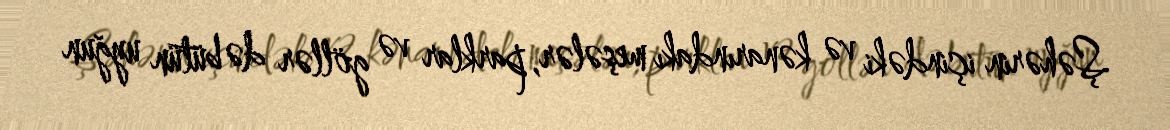
Şəhərin içindəki və kənarındakı meşələr, parklar və göllər də bütün uyğun